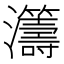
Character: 𤅕